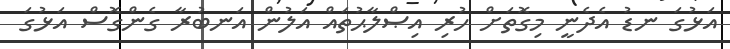
އަޅުގަ ނޑު އެދެނީ މިގޮތަށް ހުރި އިޞްލާޙުތައް އަލުން އަނބުރާ ގެންގޮސް އަޅުގަ